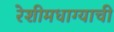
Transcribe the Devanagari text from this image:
रेशीमधाग्याची